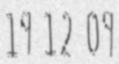
19 12 09